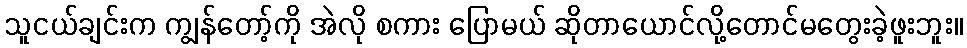
သူငယ်ချင်းက ကျွန်တော့်ကို အဲလို စကား ပြောမယ် ဆိုတာယောင်လို့တောင်မတွေးခဲ့ဖူးဘူး။